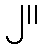
၂။